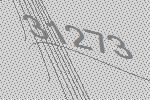
31273